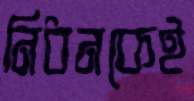
নিধনকেই